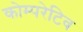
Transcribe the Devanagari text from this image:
कोम्परेटिव